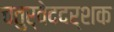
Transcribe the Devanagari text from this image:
चतुर्वेददर्शक